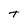
Character: T